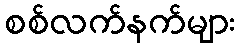
စစ်လက်နက်များ